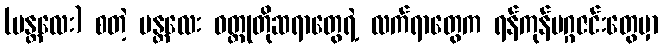
(မန္တလေး) စတဲ့ မန္တလေး ဝတ္ထုတိုဆရာတွေရဲ့ လက်ရာတွေက ရန်ကုန်မဂ္ဂဇင်းတွေမှာ